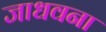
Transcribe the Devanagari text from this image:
जाधवना